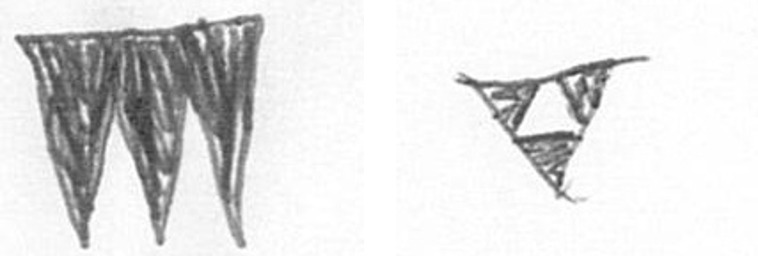
L S